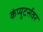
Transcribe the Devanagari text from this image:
कंप्युटर्सवर